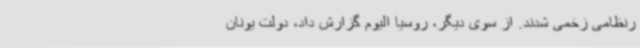
رنظامی زخمی شدند. از سوی دیگر، روسیا الیوم گزارش داد، دولت یونان